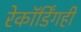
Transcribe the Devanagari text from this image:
रेकॉर्डिंगही